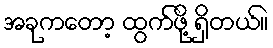
အခုကတော့ ထွက်ဖို့ ရှိတယ်။